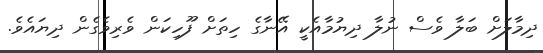
ދިމާލަށް ބަލާ ވެސް ނުލާ ދިޔުމާއެކީ އޭނާގެ ހިތަށް ފޫހިކަން ވެރިވެގެން ދިޔައެވެ.